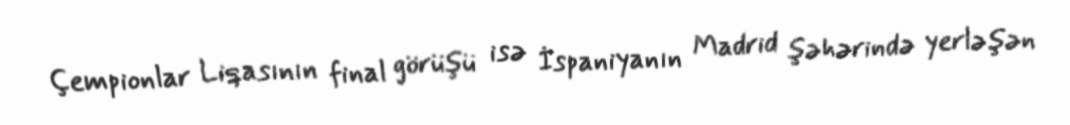
Çempionlar Liqasının final görüşü isə İspaniyanın Madrid şəhərində yerləşən